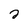
Character: 2